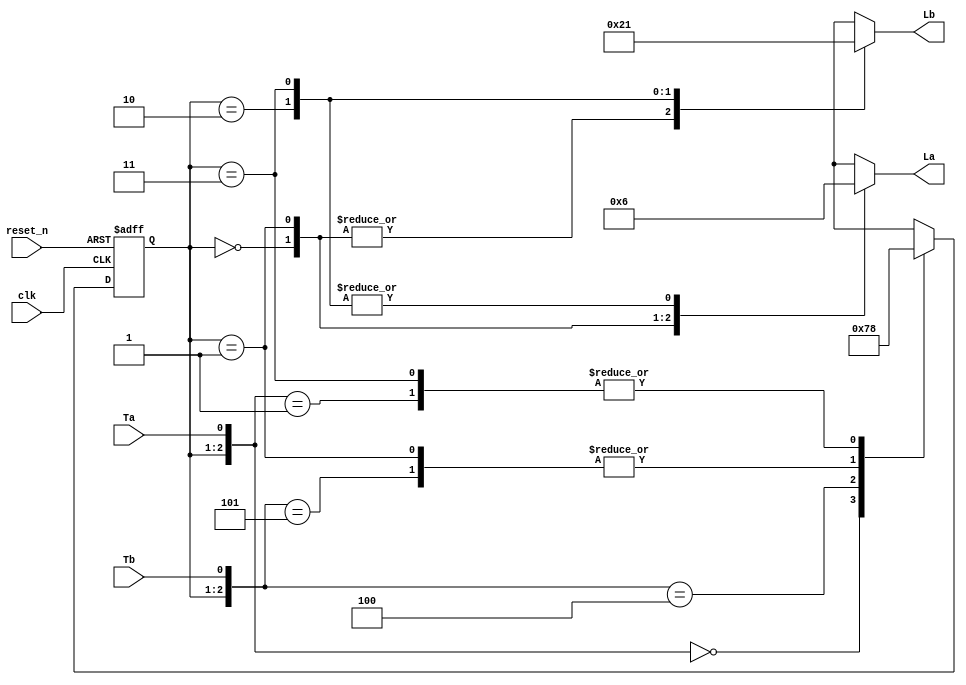
module tl_cntr(clk, reset_n, Ta, Tb, La, Lb);
  input clk, reset_n, Ta, Tb;
  output [1:0] La, Lb;
  reg [1:0] La, Lb;
  
  // Encoded states
  parameter S0 = 2'b00; 
  parameter S1 = 2'b01;
  parameter S2 = 2'b10;
  parameter S3 = 2'b11;

  // Encoded colors for outputs la and lb
  parameter GREEN = 2'b00;
  parameter YELLOW = 2'b01;
  parameter RED = 2'b10;

  
  // Sequential circuit part
  reg [1:0] state; 
  reg [1:0] next_state;

  always @ (posedge clk or negedge reset_n)
  begin
	 if(reset_n == 1'b0) state <= S0;
	 else state <= next_state;
  end

  
  // Combinational circuit part 
  // State transition condition
  always @ (state or Ta or Tb) 
  begin
    casex ({state, Ta, Tb})
	   {S0, 1'b0, 1'bx}: next_state <= S1; 
	   {S0, 1'b1, 1'bx}: next_state <= S0; 
	   {S1, 1'bx, 1'bx}: next_state <= S2; 
	   {S2, 1'bx, 1'b0}: next_state <= S3; 
	   {S2, 1'bx, 1'b1}: next_state <= S2; 
	   {S3, 1'bx, 1'bx}: next_state <= S0; 
	   default: next_state <= 3'bx;
    endcase
  end
  
  // State output generation
  always @ (state) 
  begin
    casex (state)
	   S0: begin La = GREEN; Lb = RED; end 
		S1: begin La = YELLOW; Lb = RED; end 
		S2: begin La = RED; Lb = GREEN; end 
		S3: begin La = RED; Lb = YELLOW; end 
		default: begin La = 2'bx; Lb = 2'bx; end
	 endcase
  end
  
endmodule